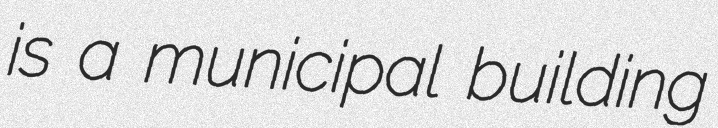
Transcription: is a municipal building